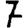
Digit: 7